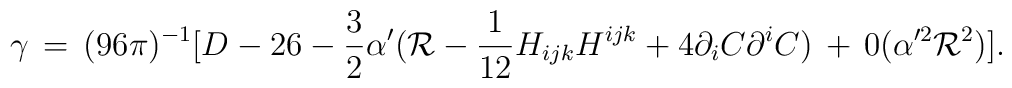
\gamma\,=\,(96\pi)^{-1}[ D - 26 - \frac{3}{2}\alpha'({\cal R}-\frac{1}{12}H_{ijk}H^{ijk}+4\partial_iC\partial^iC) \,+\,0(\alpha'^2{\cal R}^2) ].